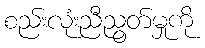
စည်းလုံးညီညွတ်မှုကို